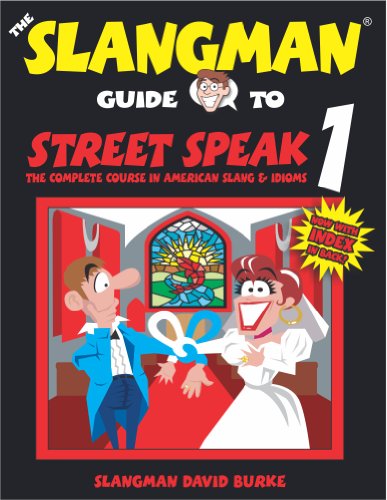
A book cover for The Slangman Guide to Street Speak 1: The Complete Course in American Slang & Idioms; David Burke; Reference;